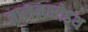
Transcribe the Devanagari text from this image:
जालन्धरोऽथ